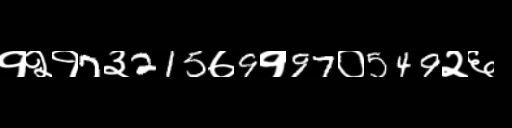
Text: १२१7३215७9१97०549२६